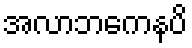
အလာဘကေနပိ